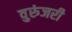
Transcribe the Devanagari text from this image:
वुरुंजरी